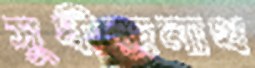
সুধীন্দ্রনাথ